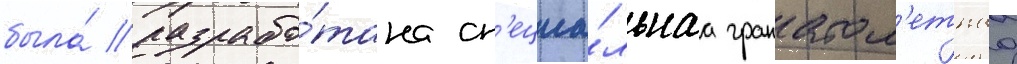
была́ разрабо́тана сп'ециа́льнаа гранатом'етнаа